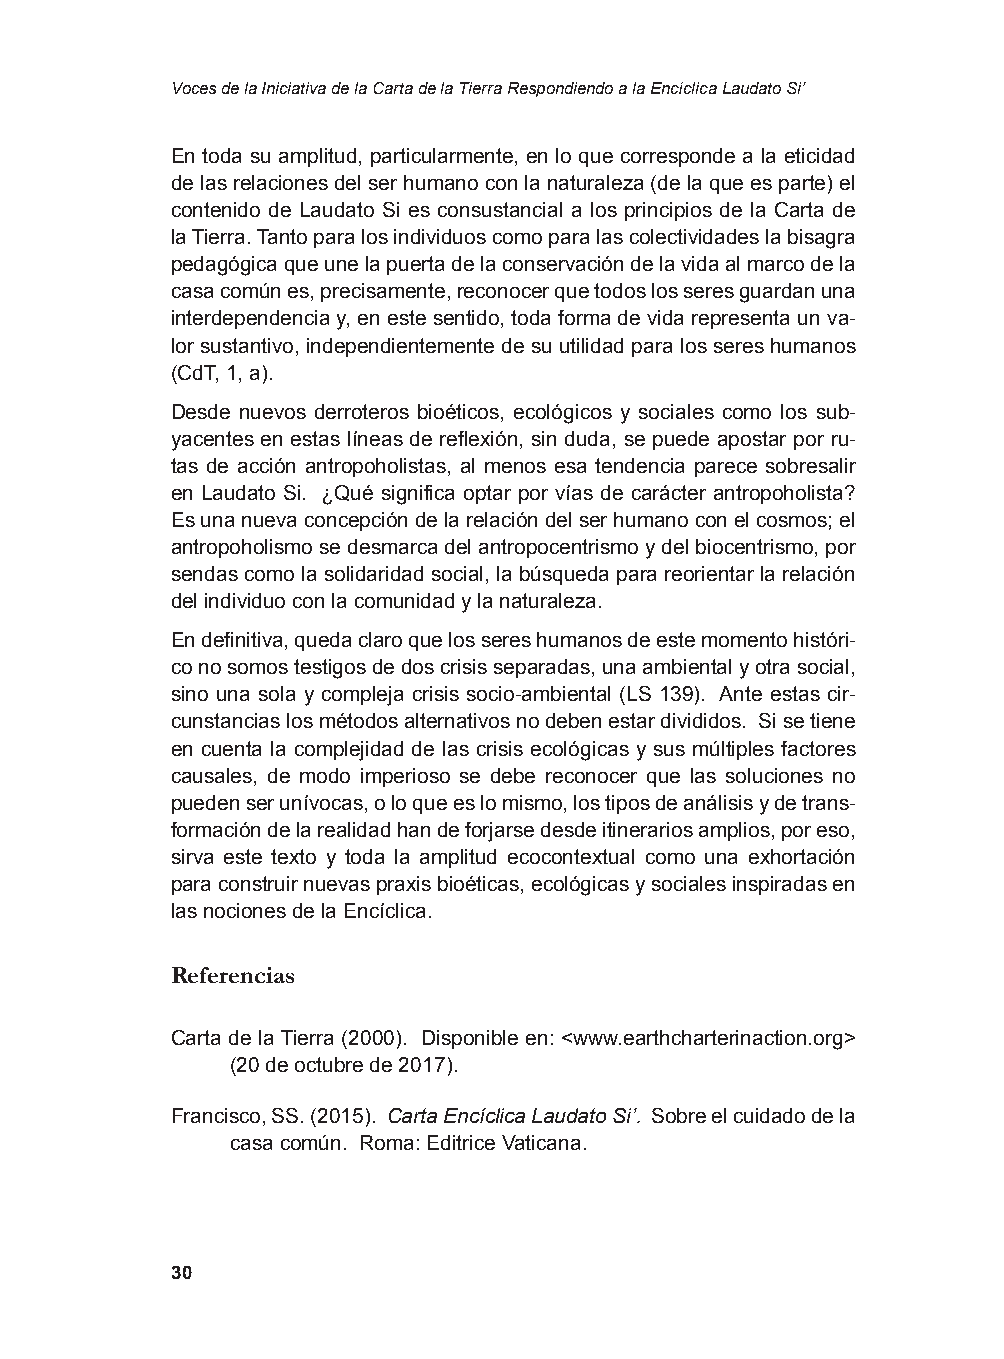
Voces de la Iniciativa de la Carta de la Tierra Respondiendo a la Encíclica Laudato Si’
 En toda su amplitud, particularmente, en lo que corresponde a la eticidad
 de las relaciones del ser humano con la naturaleza (de la que es parte) el
 contenido de Laudato Si es consustancial a los principios de la Carta de
 la Tierra. Tanto para los individuos como para las colectividades la bisagra
 pedagógica que une la puerta de la conservación de la vida al marco de la
 casa común es, precisamente, reconocer que todos los seres guardan una
 interdependencia y, en este sentido, toda forma de vida representa un va-
 lor sustantivo, independientemente de su utilidad para los seres humanos
 (CdT, 1, a).
 Desde nuevos derroteros bioéticos, ecológicos y sociales como los sub-
 yacentes en estas líneas de reflexión, sin duda, se puede apostar por ru-
 tas de acción antropoholistas, al menos esa tendencia parece sobresalir
 en Laudato Si. ¿Qué significa optar por vías de carácter antropoholista?
 Es una nueva concepción de la relación del ser humano con el cosmos; el
 antropoholismo se desmarca del antropocentrismo y del biocentrismo, por
 sendas como la solidaridad social, la búsqueda para reorientar la relación
 del individuo con la comunidad y la naturaleza.
 En definitiva, queda claro que los seres humanos de este momento históri-
 co no somos testigos de dos crisis separadas, una ambiental y otra social,
 sino una sola y compleja crisis socio-ambiental (LS 139). Ante estas cir-
 cunstancias los métodos alternativos no deben estar divididos. Si se tiene
 en cuenta la complejidad de las crisis ecológicas y sus múltiples factores
 causales, de modo imperioso se debe reconocer que las soluciones no
 pueden ser unívocas, o lo que es lo mismo, los tipos de análisis y de trans-
 formación de la realidad han de forjarse desde itinerarios amplios, por eso,
 sirva este texto y toda la amplitud ecocontextual como una exhortación
 para construir nuevas praxis bioéticas, ecológicas y sociales inspiradas en
 las nociones de la Encíclica.
 Referencias
 Carta de la Tierra (2000). Disponible en: <www.earthcharterinaction.org>
 (20 de octubre de 2017).
 Francisco, SS. (2015). Carta Encíclica Laudato Si’. Sobre el cuidado de la
 casa común. Roma: Editrice Vaticana.
 30